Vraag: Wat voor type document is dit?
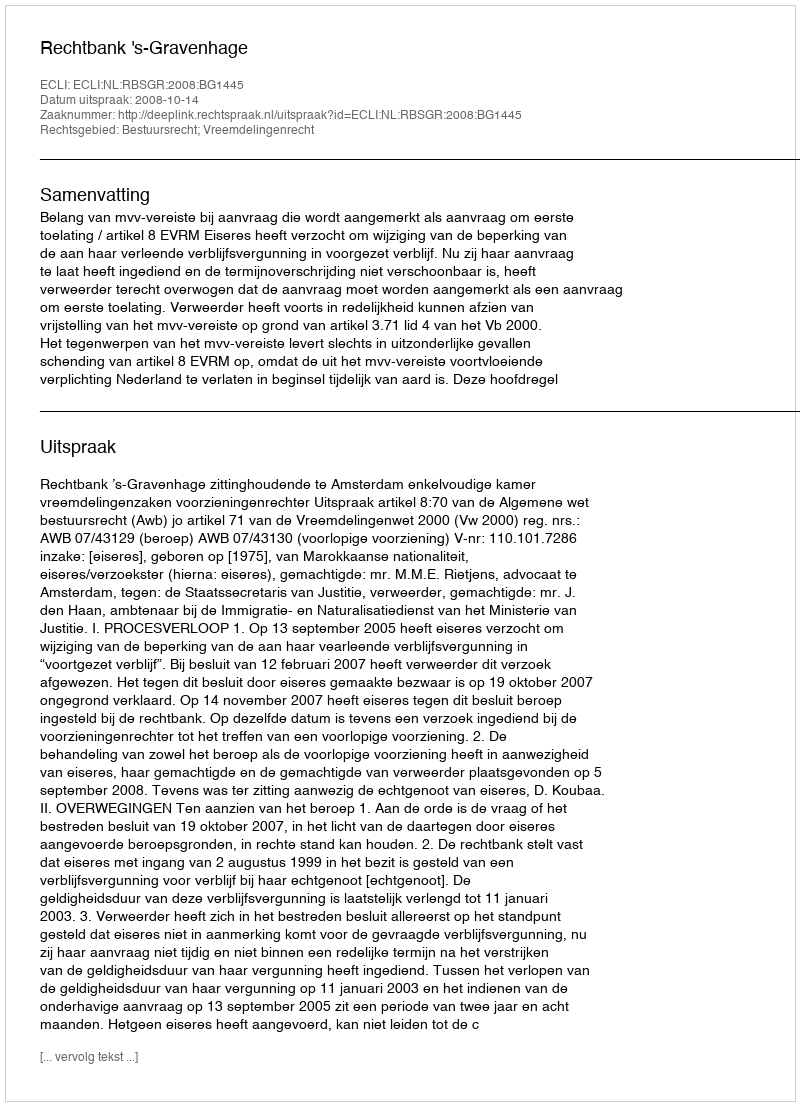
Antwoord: Uitspraak